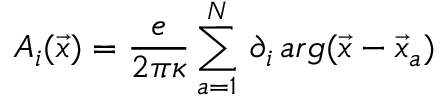
A _ { i } ( \vec { x } ) = \frac { e } { 2 \pi \kappa } \sum _ { a = 1 } ^ { N } \, \partial _ { i } \, a r g ( \vec { x } - \vec { x } _ { a } )